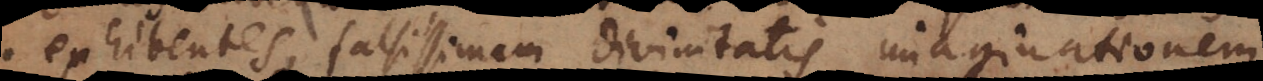
exhibentes, falsissimam divinitatis imaginationem